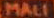
MALI